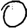
Digit: 0